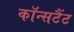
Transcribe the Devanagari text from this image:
कॉन्सटैंट